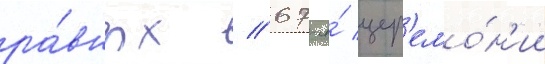
ра́вных // 67-я́ цер'емо́н'ии